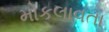
મોકલાવતા